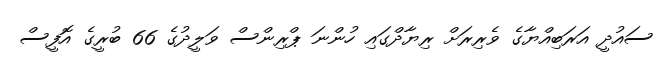
ސައުދީ އަރަބިއްޔާގެ ވެރިރަށް ރިޔާދްގައި ހުންނަ ޕްރިންސް ވަލީދުގެ 66 ބުރީގެ އޮފީސް